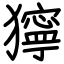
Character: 獰